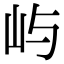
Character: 屿